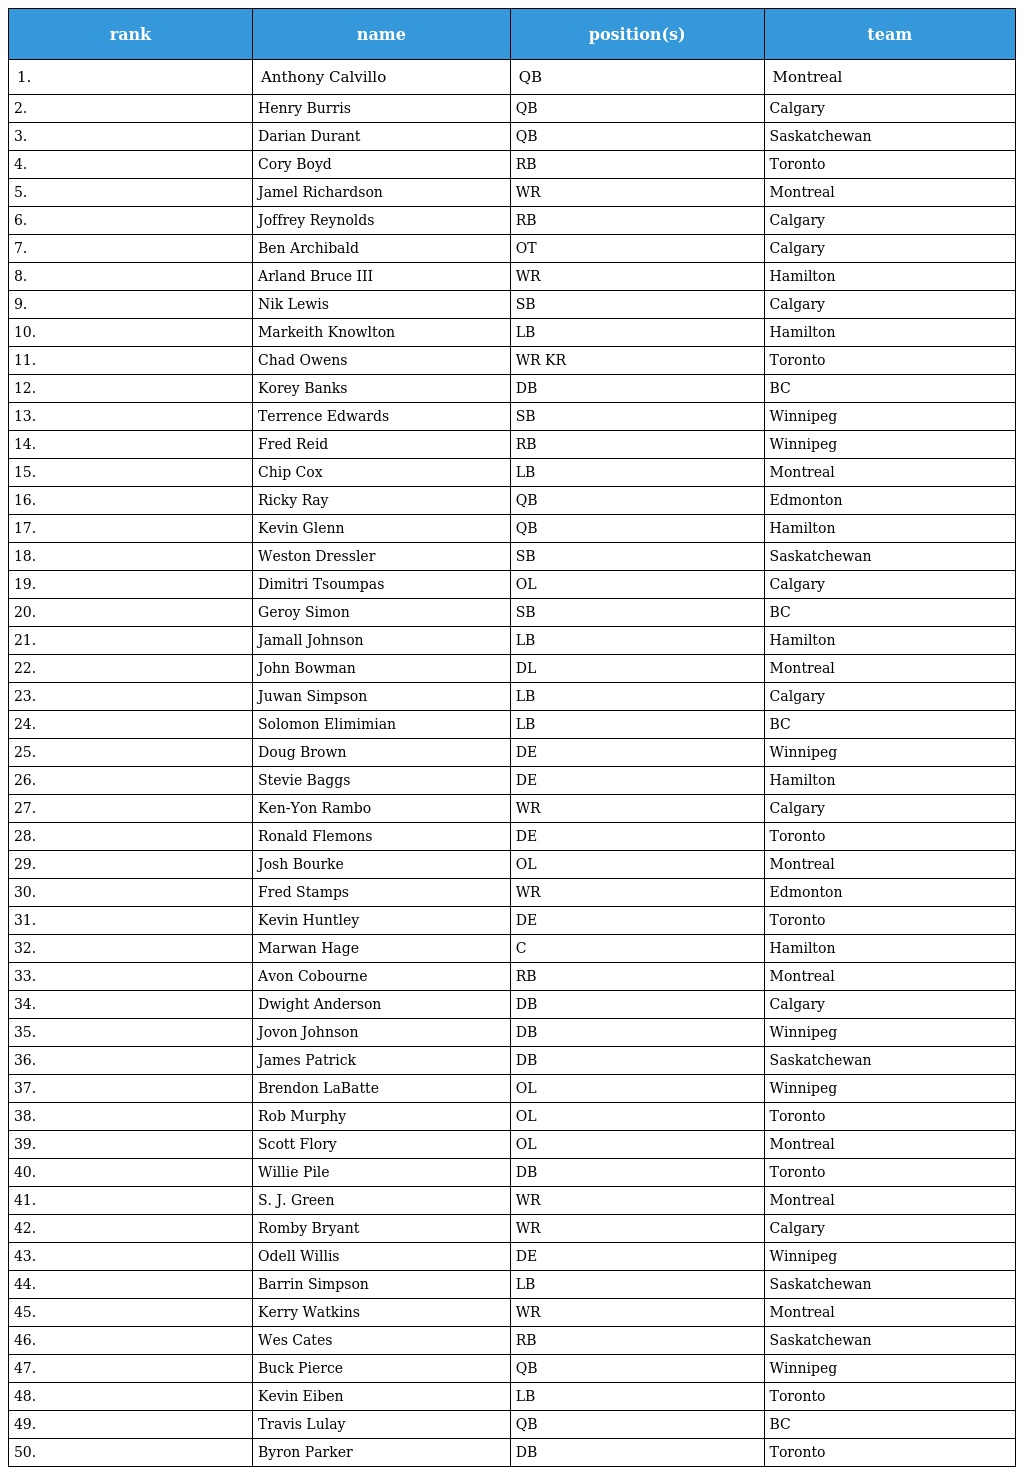
| rank | name | position(s) | team |
 | --- | --- | --- | --- |
 | 1. | Anthony Calvillo | QB | Montreal |
 | 2. | Henry Burris | QB | Calgary |
 | 3. | Darian Durant | QB | Saskatchewan |
 | 4. | Cory Boyd | RB | Toronto |
 | 5. | Jamel Richardson | WR | Montreal |
 | 6. | Joffrey Reynolds | RB | Calgary |
 | 7. | Ben Archibald | OT | Calgary |
 | 8. | Arland Bruce III | WR | Hamilton |
 | 9. | Nik Lewis | SB | Calgary |
 | 10. | Markeith Knowlton | LB | Hamilton |
 | 11. | Chad Owens | WR KR | Toronto |
 | 12. | Korey Banks | DB | BC |
 | 13. | Terrence Edwards | SB | Winnipeg |
 | 14. | Fred Reid | RB | Winnipeg |
 | 15. | Chip Cox | LB | Montreal |
 | 16. | Ricky Ray | QB | Edmonton |
 | 17. | Kevin Glenn | QB | Hamilton |
 | 18. | Weston Dressler | SB | Saskatchewan |
 | 19. | Dimitri Tsoumpas | OL | Calgary |
 | 20. | Geroy Simon | SB | BC |
 | 21. | Jamall Johnson | LB | Hamilton |
 | 22. | John Bowman | DL | Montreal |
 | 23. | Juwan Simpson | LB | Calgary |
 | 24. | Solomon Elimimian | LB | BC |
 | 25. | Doug Brown | DE | Winnipeg |
 | 26. | Stevie Baggs | DE | Hamilton |
 | 27. | Ken-Yon Rambo | WR | Calgary |
 | 28. | Ronald Flemons | DE | Toronto |
 | 29. | Josh Bourke | OL | Montreal |
 | 30. | Fred Stamps | WR | Edmonton |
 | 31. | Kevin Huntley | DE | Toronto |
 | 32. | Marwan Hage | C | Hamilton |
 | 33. | Avon Cobourne | RB | Montreal |
 | 34. | Dwight Anderson | DB | Calgary |
 | 35. | Jovon Johnson | DB | Winnipeg |
 | 36. | James Patrick | DB | Saskatchewan |
 | 37. | Brendon LaBatte | OL | Winnipeg |
 | 38. | Rob Murphy | OL | Toronto |
 | 39. | Scott Flory | OL | Montreal |
 | 40. | Willie Pile | DB | Toronto |
 | 41. | S. J. Green | WR | Montreal |
 | 42. | Romby Bryant | WR | Calgary |
 | 43. | Odell Willis | DE | Winnipeg |
 | 44. | Barrin Simpson | LB | Saskatchewan |
 | 45. | Kerry Watkins | WR | Montreal |
 | 46. | Wes Cates | RB | Saskatchewan |
 | 47. | Buck Pierce | QB | Winnipeg |
 | 48. | Kevin Eiben | LB | Toronto |
 | 49. | Travis Lulay | QB | BC |
 | 50. | Byron Parker | DB | Toronto |